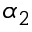
\alpha _ { 2 }